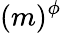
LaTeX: (m)^{\phi}